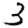
Digit: 3